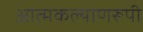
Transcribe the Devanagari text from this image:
आत्मकल्याणरूपी